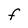
Character: F